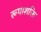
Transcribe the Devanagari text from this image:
रूपाशक्ति